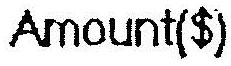
AMOUNT($)